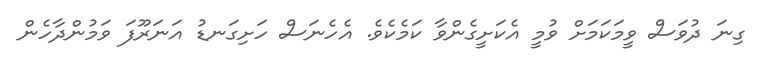
ގިނަ ދުވަސް ވީމަކަމަށް ވުމީ އެކަށީގެންވާ ކަމެކެވެ. އެހެނަސް ހަށިގަނޑު އަނަރޫފަ ވަމުންދާހެން